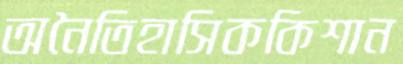
অনৈতিহাসিককিশান